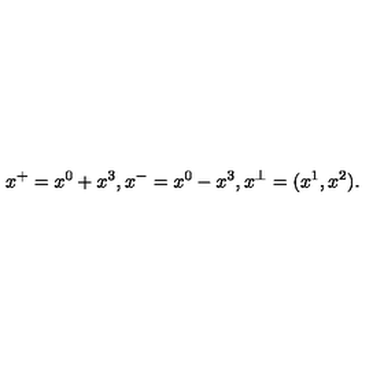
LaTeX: x ^ { + } = x ^ { 0 } + x ^ { 3 } , x ^ { - } = x ^ { 0 } - x ^ { 3 } , x ^ { \perp } = ( x ^ { 1 } , x ^ { 2 } ) .